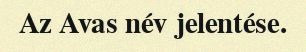
Az Avas név jelentése.